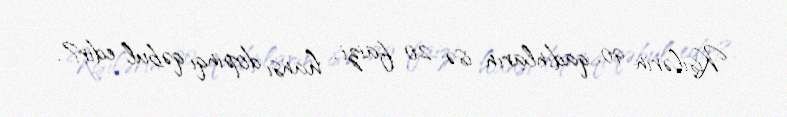
Kişilərin 90, qadınların isə 20 faizi... hansı dopinqi qəbul edir?.